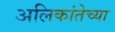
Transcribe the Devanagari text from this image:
अलिकांतेच्या